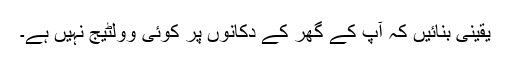
یقینی بنائیں کہ آپ کے گھر کے دکانوں پر کوئی وولٹیج نہیں ہے۔